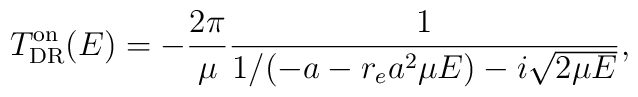
T^{\rm on}_{\rm DR}(E)=-\frac{2 \pi}{\mu}\frac{1}{1/(-a - r_e a^2 \mu E) - i \sqrt{2 \mu E}},